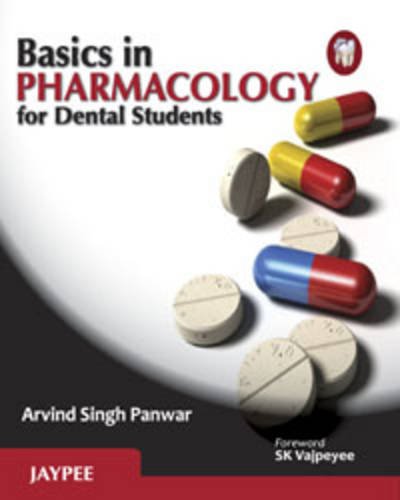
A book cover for Basics in Pharmacology for Dental Students; Arvind Singh Panwar; Medical Books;